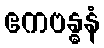
ဧကဗန္ဓနံ